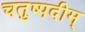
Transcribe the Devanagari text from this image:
चतुष्पदीम्